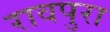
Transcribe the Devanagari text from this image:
रावपुरा